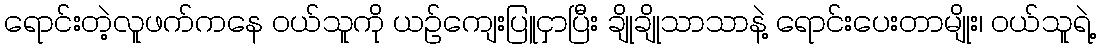
ရောင်းတဲ့လူဖက်ကနေ ၀ယ်သူကို ယဥ်ကျေးပြူငှာပြီး ချိုချိုသာသာနဲ့ ရောင်းပေးတာမျိုး၊ ၀ယ်သူရဲ့